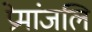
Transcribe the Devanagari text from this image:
प्रेमांजलि